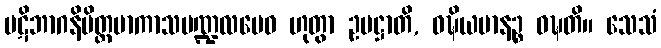
ပဋိဘာဂနိမိတ္တမာကာသမဏ္ဍလမေဝ ဟုတွာ ဥပဋ္ဌာတိ, ဝဍ္ဎိယမာနဉ္စ ဝဍ္ဎတိ။ သေသံ